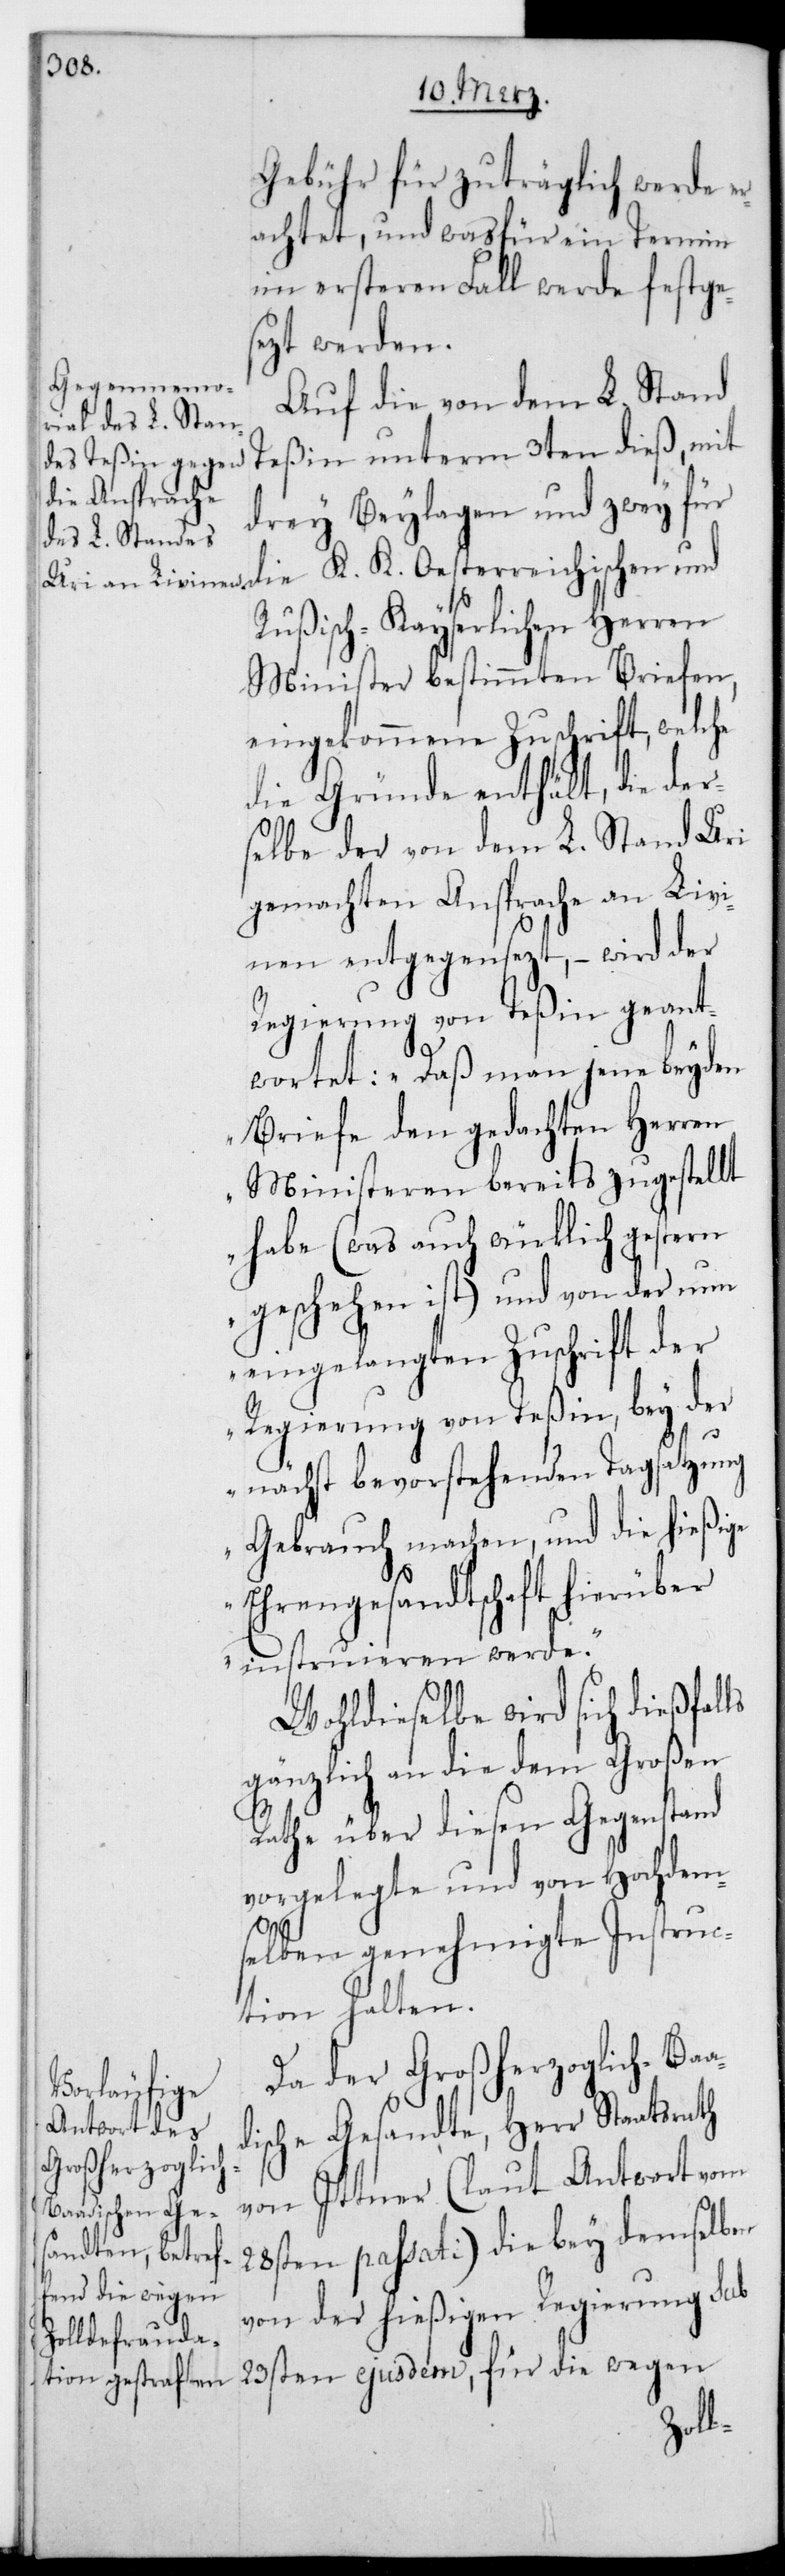
Gebühr für zuträglich werde er¬
achtet, und was für ein Termin
im ersteren Fall werde festge¬
sezt werden.
Auf die von dem L. Stand
Teßin unterm 3ten dieß, mit
drey Beylagen und zwey für
Rußisch-Kayserlichen Herren
Minister bestimmten Briefen,
eingekommene Zuschrift, welche
die Gründe enthält, die der¬
selbe der von dem L. Stand Uri
gemachten Ansprache an Livi¬
nien entgegensetzt, – wird der
Regierung von Teßin geant¬
wortet: „Daß man jene beyden
Briefe den gedachten Herren
Ministeren bereits zugestellt
habe (was auch würklich gestern
geschehen ist) und von der nun
eingelangten Zuschrift der
Regierung von Teßin, bey der
nächst bevorstehenden Tagsatzung
Gebrauch machen, und die hießige
Ehrengesandtschaft hierüber
instruieren werde.“
Wohldieselbe wird sich dießfa¬
gänzlich an die dem Großen
Rathe über diesen Gegenstand
vorgelegte und von Hochdem¬
selben genehmigte Instruc¬
tion halten.
Da der Großherzoglich-Ba¬
dische Gesandte, Herr Staatsrath
von Ittner (laut Antwort vom
28sten passati) die bey demselben
von der hießigen Regierung sub
23sten ejusdem, für die wegen
a¬